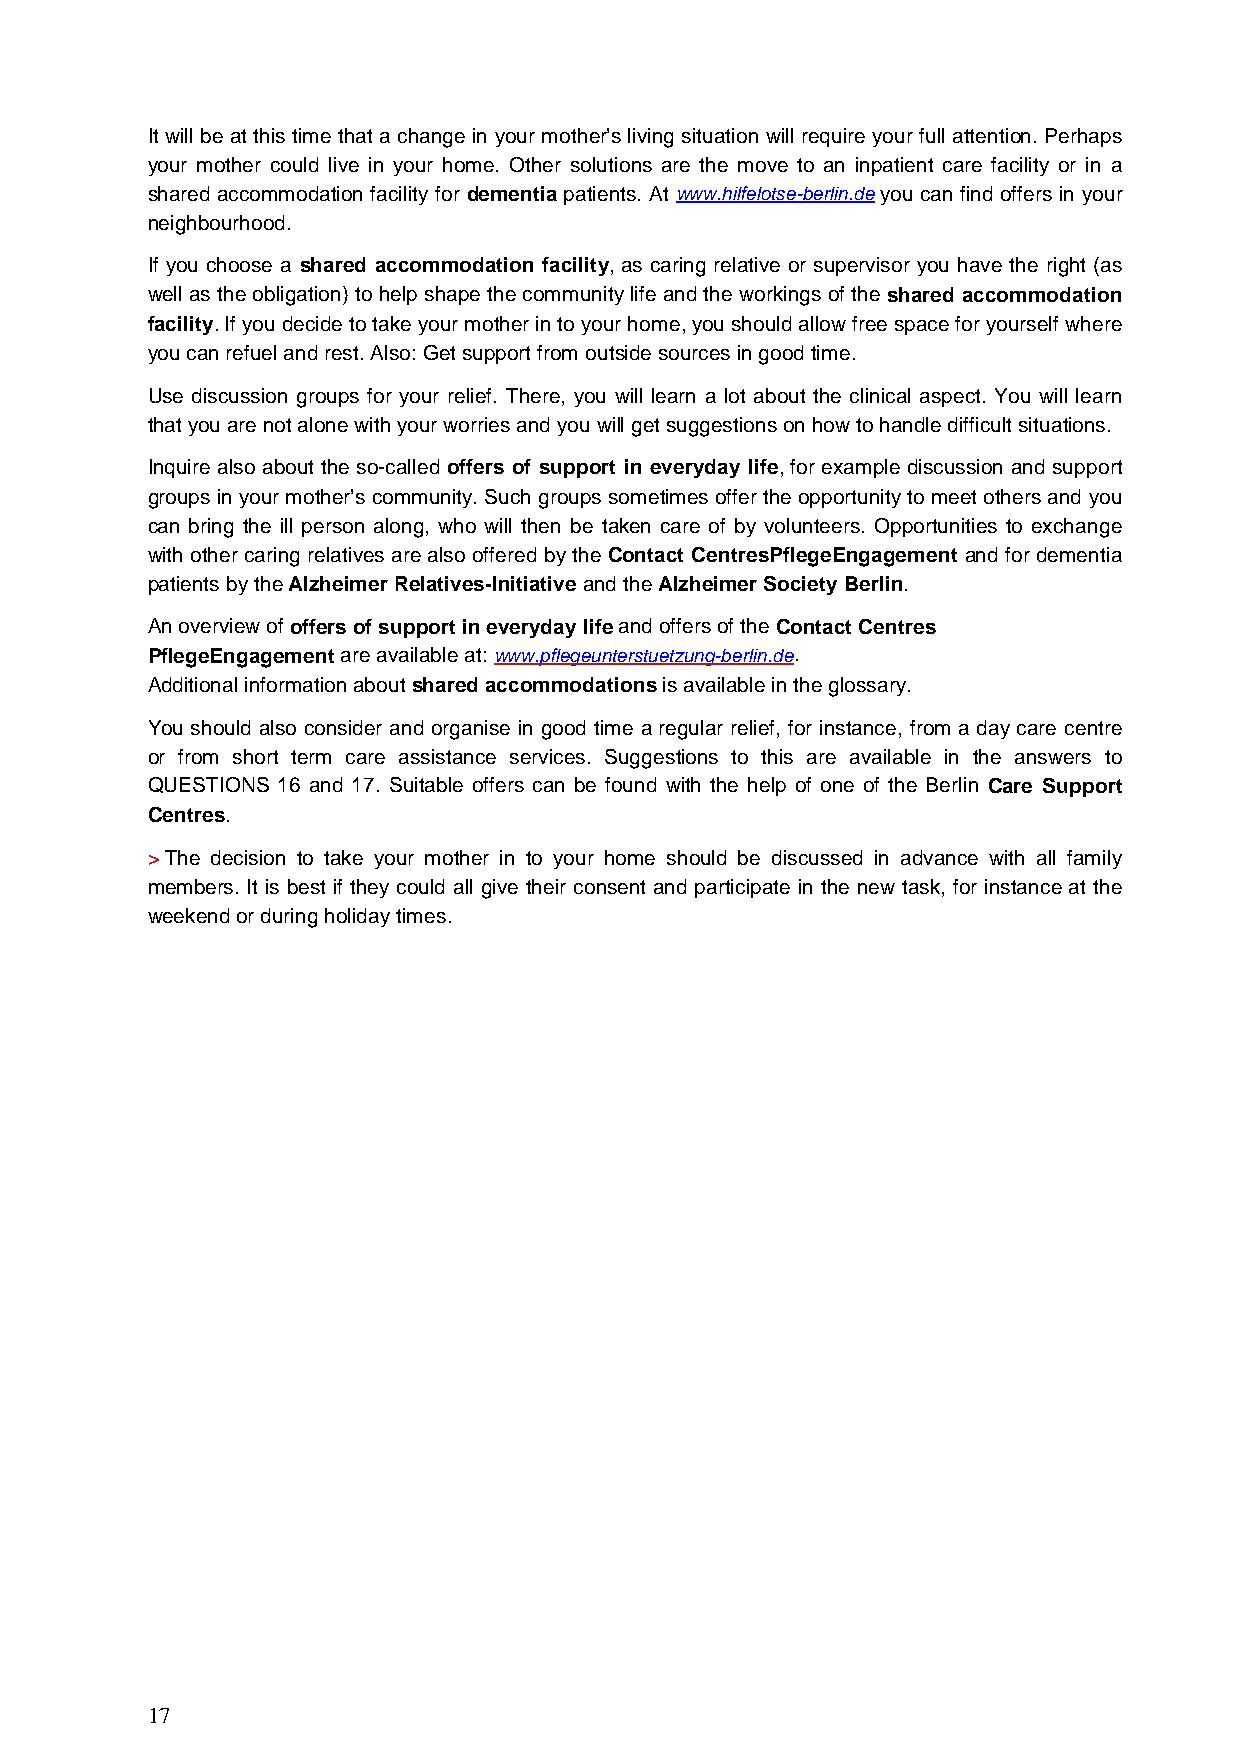
It will be at this time that a change in your mother’s living situation will require your full attention. Perhaps
 your mother could live in your home. Other solutions are the move to an inpatient care facility or in a
 shared accommodation facility for dementia patients. At www.hilfelotse-berlin.de you can find offers in your
 neighbourhood.
 If you choose a shared accommodation facility, as caring relative or supervisor you have the right (as
 well as the obligation) to help shape the community life and the workings of the shared accommodation
 facility. If you decide to take your mother in to your home, you should allow free space for yourself where
 you can refuel and rest. Also: Get support from outside sources in good time.
 Use discussion groups for your relief. There, you will learn a lot about the clinical aspect. You will learn
 that you are not alone with your worries and you will get suggestions on how to handle difficult situations.
 Inquire also about the so-called offers of support in everyday life, for example discussion and support
 groups in your mother’s community. Such groups sometimes offer the opportunity to meet others and you
 can bring the ill person along, who will then be taken care of by volunteers. Opportunities to exchange
 with other caring relatives are also offered by the Contact CentresPflegeEngagement and for dementia
 patients by the Alzheimer Relatives-Initiative and the Alzheimer Society Berlin.
 An overview of offers of support in everyday life and offers of the Contact Centres
 PflegeEngagement are available at: www.pflegeunterstuetzung-berlin.de.
 Additional information about shared accommodations is available in the glossary.
 You should also consider and organise in good time a regular relief, for instance, from a day care centre
 or from short term care assistance services. Suggestions to this are available in the answers to
 QUESTIONS 16 and 17. Suitable offers can be found with the help of one of the Berlin Care Support
 Centres.
 > The decision to take your mother in to your home should be discussed in advance with all family
 members. It is best if they could all give their consent and participate in the new task, for instance at the
 weekend or during holiday times.
 17